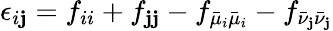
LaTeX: \epsilon_{i\mathbf{j}}={f_{ii}+f_{\mathbf{j}\mathbf{j}}-f_{\bar{{\mu}}_{i}\bar{{\mu}}_{i}}-f_{\bar{{\nu}}_{\mathbf{j}}\bar{{\nu}}_{\mathbf{j}}}}